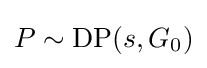
P\sim \mathrm {DP} (s,G_{0})